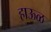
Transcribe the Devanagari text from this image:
हाऊळ